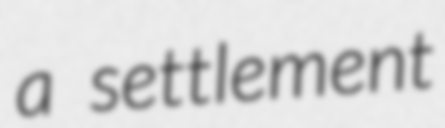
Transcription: a settlement